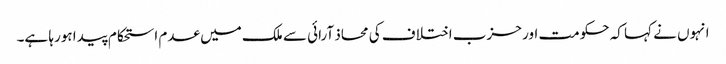
انہوں نے کہا کہ حکومت اور حزب اختلاف کی محاذ آرائی سے ملک میں عدم استحکام پیدا ہورہا ہے۔